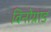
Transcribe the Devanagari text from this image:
विनोग्राड